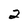
Character: 2